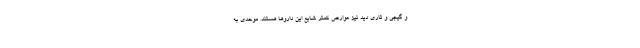
و گیجی و تاری دید نیز عوارض کمتر شایع این داروها هستند. موحدی به